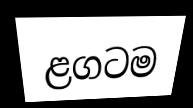
ළගටම